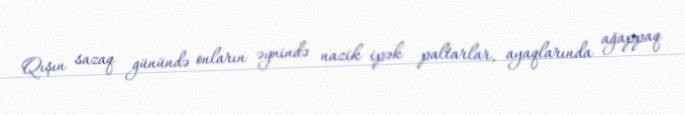
Qışın sazaq günündə onların əynində nazik ipək paltarlar, ayaqlarında ağappaq